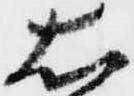
右